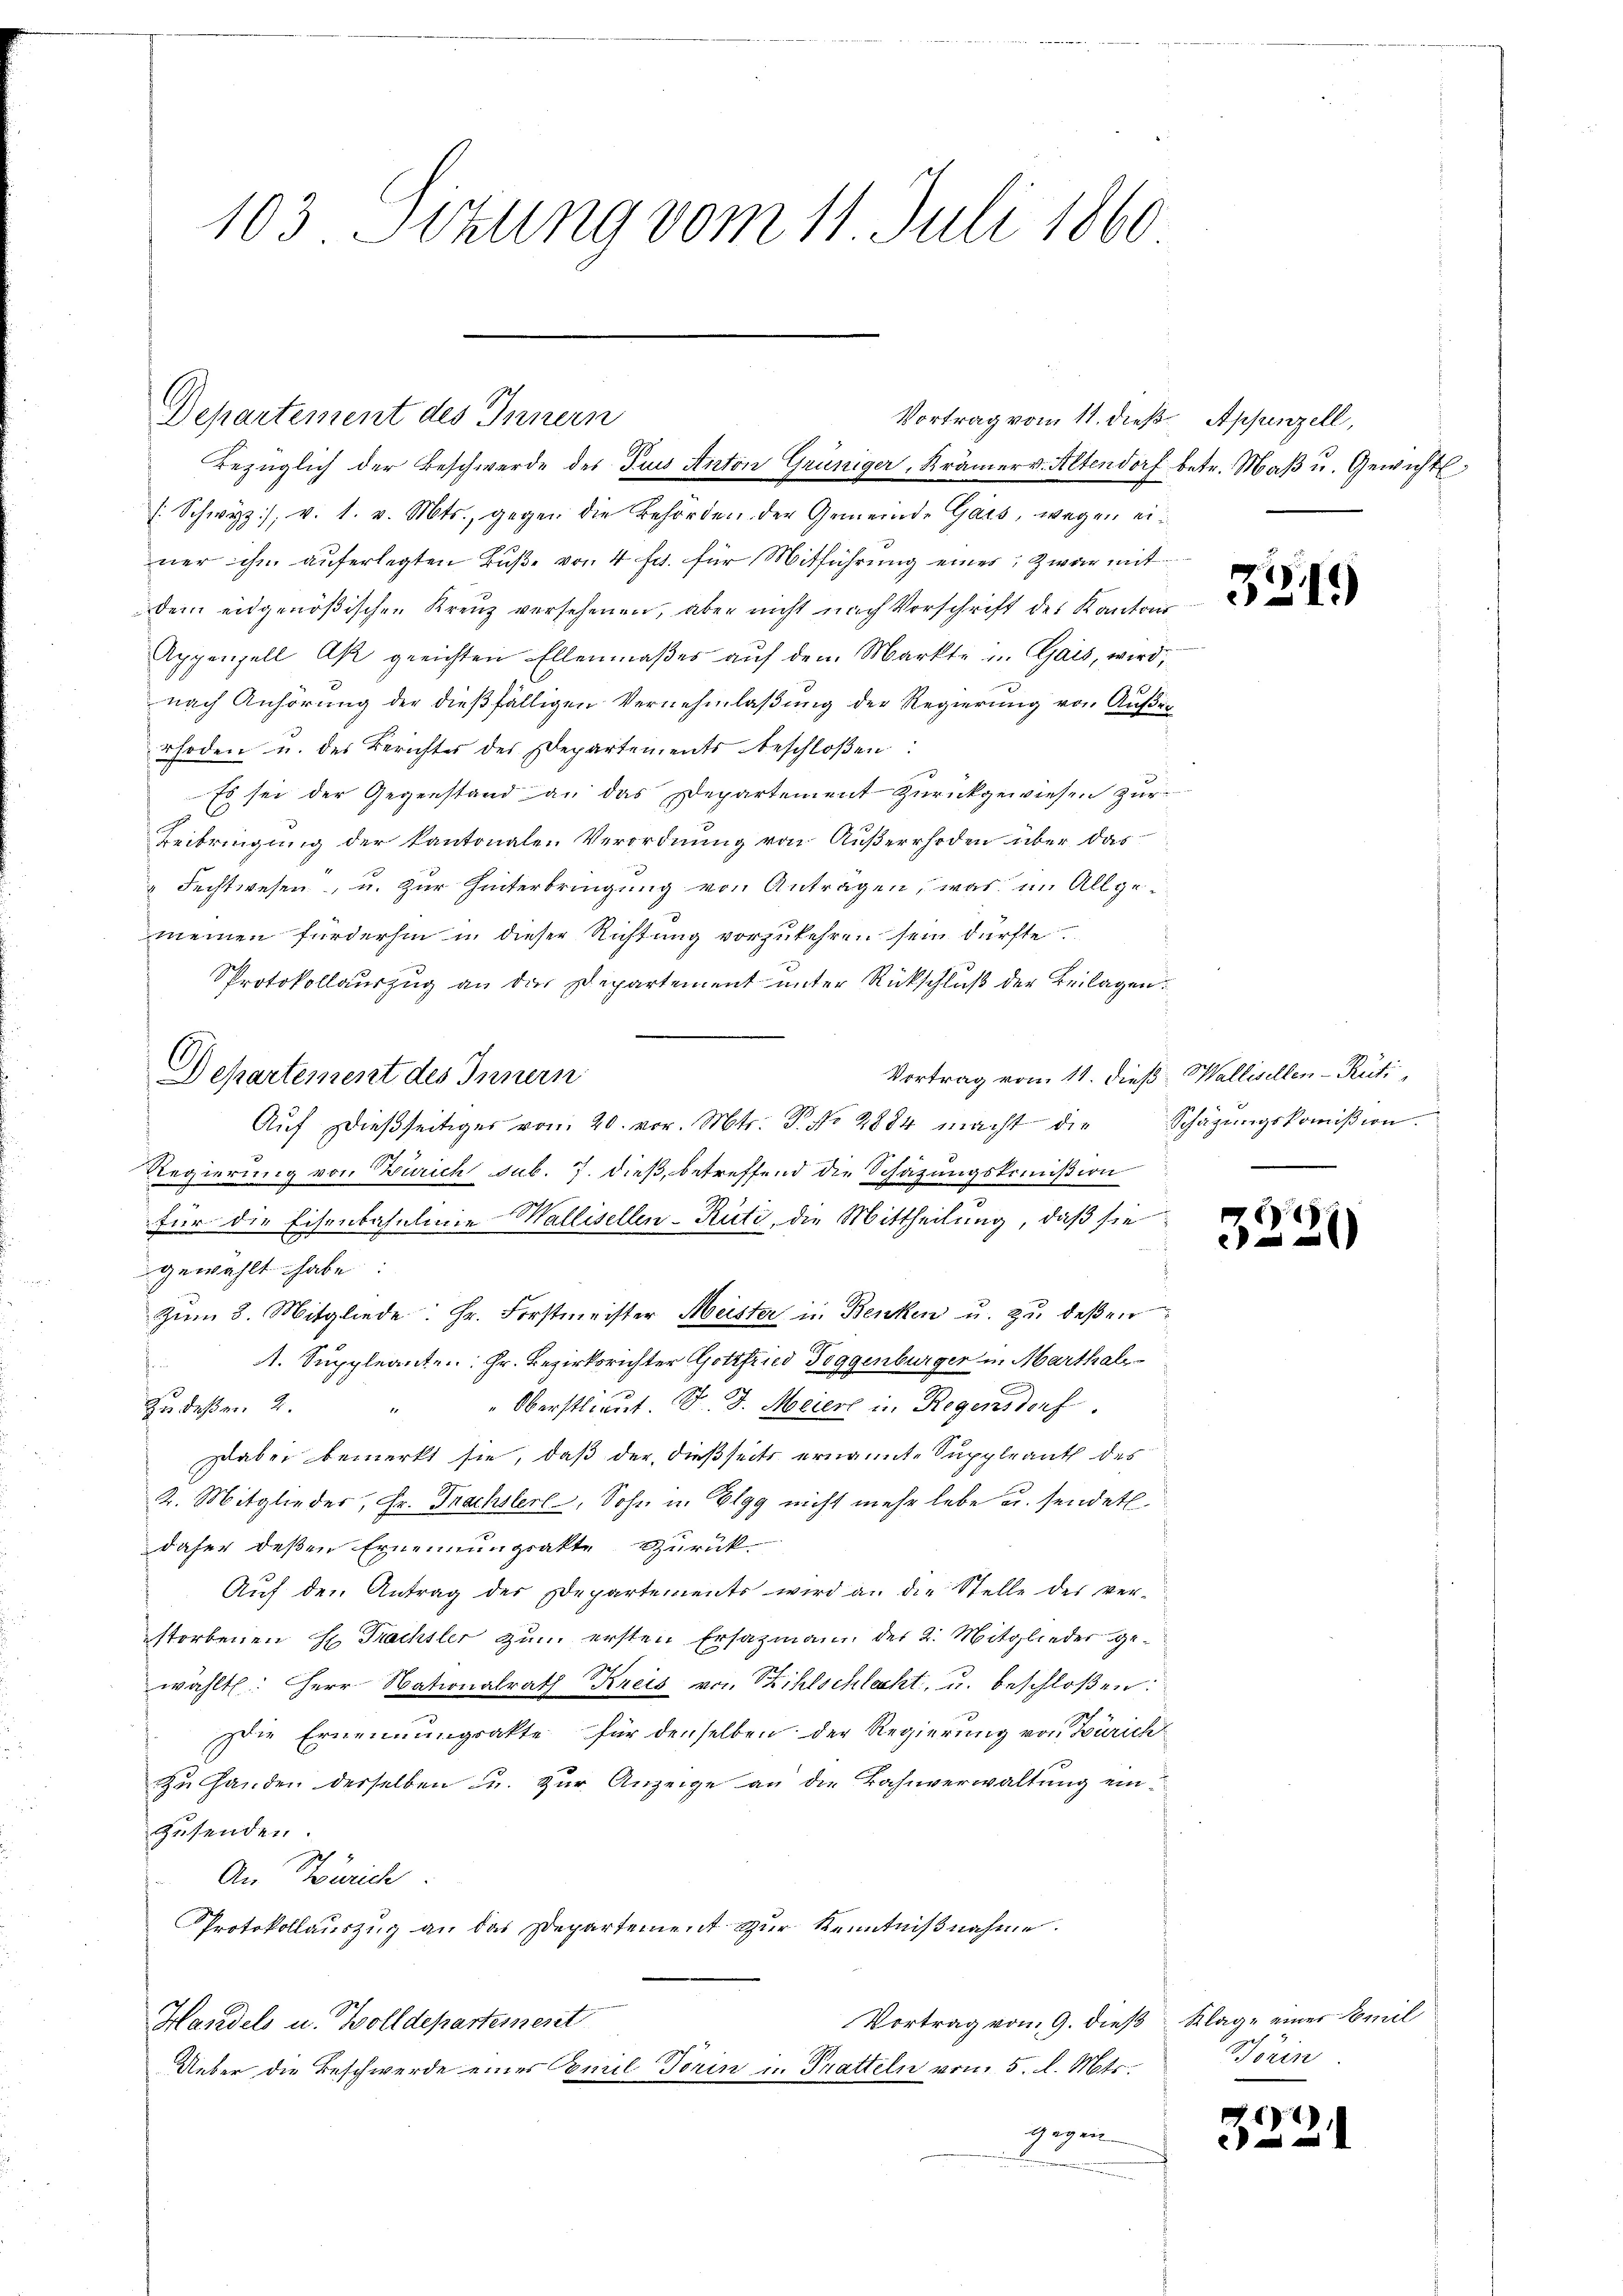
103 Sizung vom 11. Juli 1860

Vortrag vom 11. dieß. Appenzell,
Bezüglich der Beschwerde des Puus Anton Grüniger, Krämerv. Altendorf betr. Maβ u. Gewicht,

Departement des Innern
/. Schwyz), v. 1. v. Mts., gegen die Behörden der Gemeinde Gars, wegen einer ihm auferlegten Buße von 4 fr. für Mitführung eines, zwar mit
Dem eidgenößischen Kreuz versehenen, aber nicht nach Vorschrift des Kantons
Appenzell Ak gerichten Ellenmaßes aŭf dem Markte in Gais, wird,
nach Anhörung der dießfälligen Vernehmlaßung der Regierung von Außer
rhoden u. des Berichtes des Departements beschloßen:
Es sei der Gegenstand an das Departement zurückgewiesen zur
Beibringung der kantonalen Verordnung von Außerrhoden über das
 Fechtwesen, u. zur Hinterbringung von Anträgen, was im Allgemeinen fürderhin in dieser Richtung vorzukehren sein dürfte.
Pprotokollauszug an die Departement unter Rückschluß der Beilagen.
Departement des Innern
Auf dießseitiger von 20. vor. Mtr. P. No 2884 macht die
Regierung von Zürich sub. 7. dieß, betreffend die Schazungskommißion
für die Eisenbahnlinie Wallisellen-Rüti, die Mittheilung, daß sie
gewählt habe:
Zum 8. Mitgliede: Hr. Forstmeister Meister in Benken u. zu deßen
. Suppleant. Hr. Bezirksrichter Gottfried Toggenburger in Marthal
" Oberstlieut. F. J. Meierl in Regensdorf.
Zu deßen 4.
1
Dabei bemerkt sie, daß der dießseits ernannte Suppleant des
2. Mitglieder, Fr. Trachsler, Sohn in Elgg nicht mehr lebe u. sendet.
daher deßen Ernennungsakte Zurück
Aŭf den Antrag der Departements wird an die Stelle des ver-
storbenen H. Trachsler zum ersten Ersatzmann der 2. Mitglieder gewählt: Herr Nationalrath Kreis von Sihlschlacht, u. beschloßen:
Die Ernennungsakte für denselben der Regierung von Zürich
zu Handen derselben u. zur Anzeige an die Bahnverwaltung einzusenden.
An Zürich
Protokollauszug an das Departement zur Kenntnißnahme.
Vortrag vom 9. dieß Klage einer Emil
Handels u. Wolldepartement
Ueber die Beschwerde eines Comil Torin u. Tratteln vom 5. l. Mts.
gegen
.

3219

Vortrag vom 11. dieß, Wallisellen-Rüti,
Schäzungskommißion

3221

Trin

19)
e